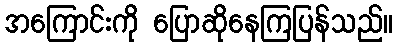
အကြောင်းကို ပြောဆိုနေကြပြန်သည်။